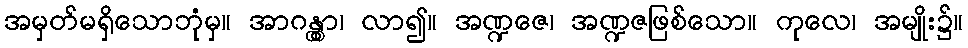
အမှတ်မရှိသောဘုံမှ။ အာဂန္တွာ၊ လာ၍။ အဏ္ဍဇေ၊ အဏ္ဍဇဖြစ်သော။ ကုလေ၊ အမျိုး၌။